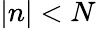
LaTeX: |n|<N